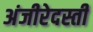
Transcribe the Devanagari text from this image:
अंजीरेदस्ती